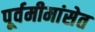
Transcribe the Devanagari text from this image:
पूर्वमीमांसेत